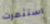
استثمرت